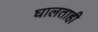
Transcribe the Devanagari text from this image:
घालताही